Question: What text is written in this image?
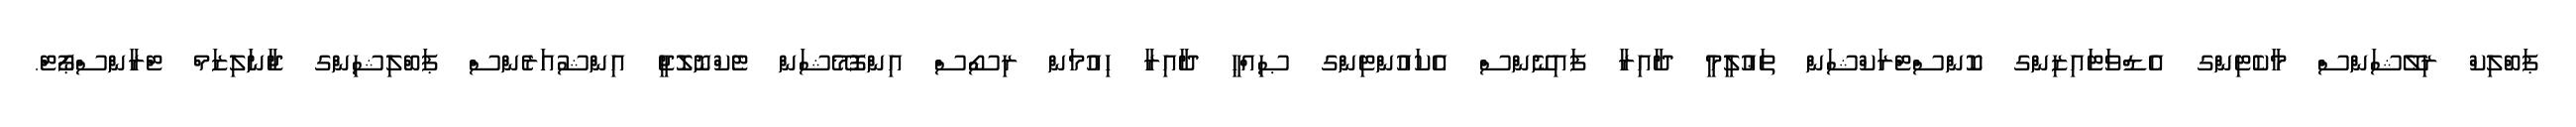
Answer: ޕަބްލިކް ރިލޭޝަންސް މާކެޓިންގ އެޑްވަޓައިޒިންގ ކޮންސްޓްރަކްޝަން ތަޢުލީމީ ދާއިރާ ފައިނޭންސް އެކައުންޓިންގ ޞިއްޙީ ދާއިރާ ހިއުމަން ރިސޯސް އިންފޮމޭޝަން ޓެކްނޮލޮޖީ އިންޝުއަރެންސް ޕަބްލިޝިންގ ޖާނަލިޒަމް ޓްރާންސްޕޯޓް.